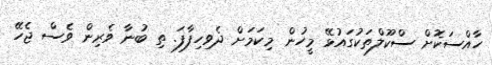
ހާއްސަކޮށް ސްކޫލްތަކުގައުޅޭ މީހުން މިކަމަށް ދެވިހިފާފަ. ތި ބުނާ ވެރިން ވެސް ޖެހޭ